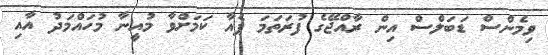
ވިމެންސް ޑަބަލްސް އިން ރާއްޖޭގެ ފުރަތަމަ ޕެއާ ކަމަށްވާ މުއީނާ މުހައްމަދު އާއި